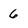
Character: 6